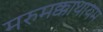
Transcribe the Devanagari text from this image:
मरुमक्काथायम